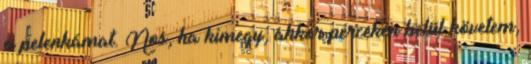
a pelenkámat. Nos, ha kimegy, akkor perceken belül követem,